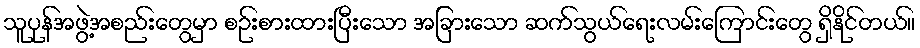
သူပုန်အဖွဲ့အစည်းတွေမှာ စဉ်းစားထားပြီးသော အခြားသော ဆက်သွယ်ရေးလမ်းကြောင်းတွေ ရှိနိုင်တယ်။